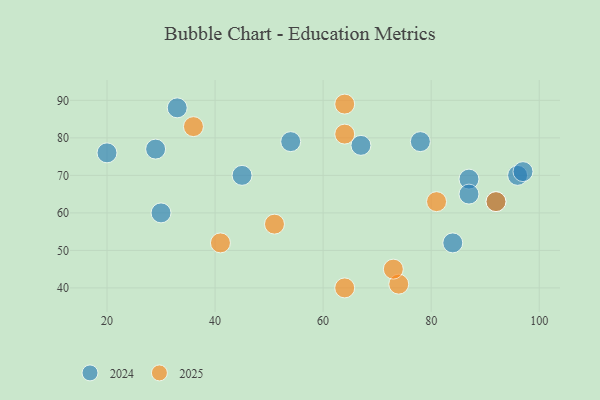
{"axis": {"x": "GDP", "y": "Life Expectancy"}, "legend": ["2024", "2025"], "data": [{"x": "96", "y": 70, "type": "2024"}, {"x": "87", "y": 69, "type": "2024"}, {"x": "54", "y": 79, "type": "2024"}, {"x": "33", "y": 88, "type": "2024"}, {"x": "78", "y": 79, "type": "2024"}, {"x": "87", "y": 65, "type": "2024"}, {"x": "67", "y": 78, "type": "2024"}, {"x": "97", "y": 71, "type": "2024"}, {"x": "84", "y": 52, "type": "2024"}, {"x": "92", "y": 63, "type": "2024"}, {"x": "45", "y": 70, "type": "2024"}, {"x": "29", "y": 77, "type": "2024"}, {"x": "30", "y": 60, "type": "2024"}, {"x": "20", "y": 76, "type": "2024"}, {"x": "51", "y": 57, "type": "2025"}, {"x": "64", "y": 89, "type": "2025"}, {"x": "81", "y": 63, "type": "2025"}, {"x": "92", "y": 63, "type": "2025"}, {"x": "64", "y": 40, "type": "2025"}, {"x": "74", "y": 41, "type": "2025"}, {"x": "73", "y": 45, "type": "2025"}, {"x": "36", "y": 83, "type": "2025"}, {"x": "64", "y": 81, "type": "2025"}, {"x": "41", "y": 52, "type": "2025"}]}